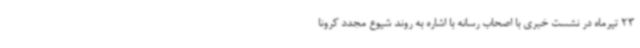
23 تیرماه در نشست خبری با اصحاب رسانه با اشاره به روند شیوع مجدد کرونا